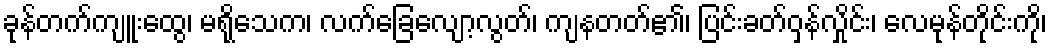
ခုန်တက်ကျူးထွေ၊ မရိုသေက၊ လက်ခြေလျော့လွတ်၊ ကျနတတ်၏၊ ပြင်းခတ်ဝှန်လှိုင်း၊ လေမုန်တိုင်းကို၊